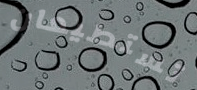
تستطيعان